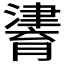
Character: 𤀷